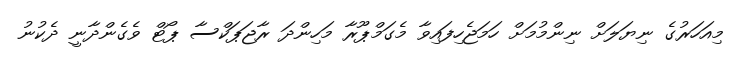
މިއަހަރުގެ ނިޔަލަށް ނިންމުމަށް ހަމަޖެހިފައިވާ މެގަމްޕޫރާ މަހިންދަ ރާޖަޕަކްސާ ޕޯޓް ވެގެންދާނީ ދެކުނު